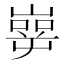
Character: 𰎶